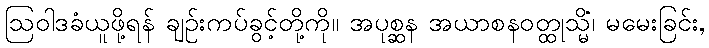
ဩဝါဒခံယူဖို့ရန် ချဉ်းကပ်ခွင့်တို့ကို။ အပုစ္ဆန အယာစနဝတ္ထုသ္မိံ၊ မမေးခြင်း,